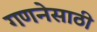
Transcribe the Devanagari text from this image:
गणनेसाठी